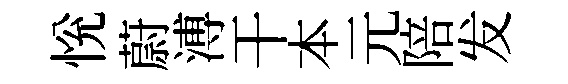
恱蔚溥干本元陪发